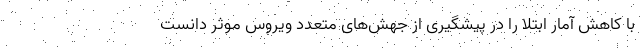
با کاهش آمار ابتلا را در پیشگیری از جهش‌های متعدد ویروس موثر دانست